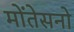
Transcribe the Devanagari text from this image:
मोंतेसनो